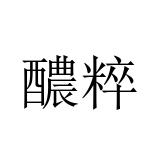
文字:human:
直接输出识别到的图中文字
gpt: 醲粹